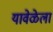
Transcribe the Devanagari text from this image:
यावेळेला